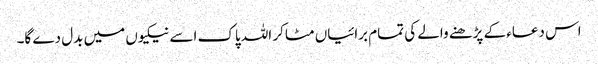
اس دعاء کے پڑھنے والے کی تمام برائیاں مٹا کر اللہ پاک اسے نیکیوں میں بدل دے گا۔